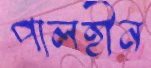
পালহীন